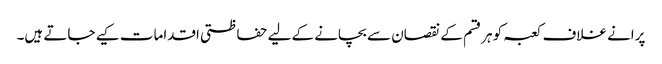
پرانے غلاف کعبہ کو ہرقسم کے نقصان سے بچانے کے لیے حفاظتی اقدامات کیے جاتے ہیں۔